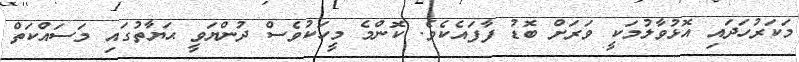
މަކަރުހަދައި އޮޅުވާލުމަކީ ވަރަށް ބޮޑު ފާފައެކެވެ. ކޮންމެ މީހަކުވެސް ދުންޔަވީ ޙަޔާތުގައި މަސައްކަތް